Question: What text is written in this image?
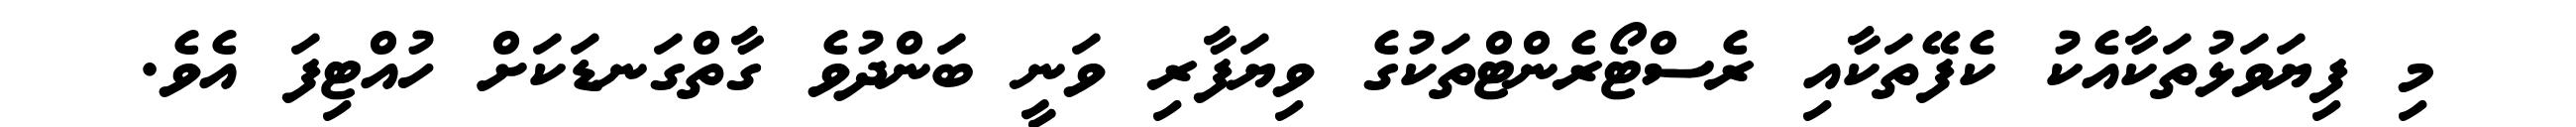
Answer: މި ފިޔަވަޅުތަކާއެކު ކެފޭތަކާއި ރެސްޓޯރެންޓްތަކުގެ ވިޔަފާރި ވަނީ ބަންދުވެ ގާތްގަނޑަކަށް ހުއްޓިފަ އެވެ.